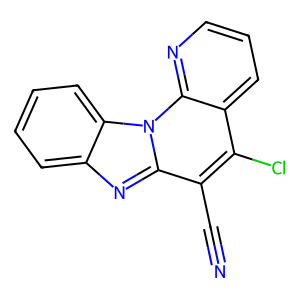
SMILES: N#Cc1c(Cl)c2cccnc2n2c1nc1ccccc12
Inhibits HIV replication: No